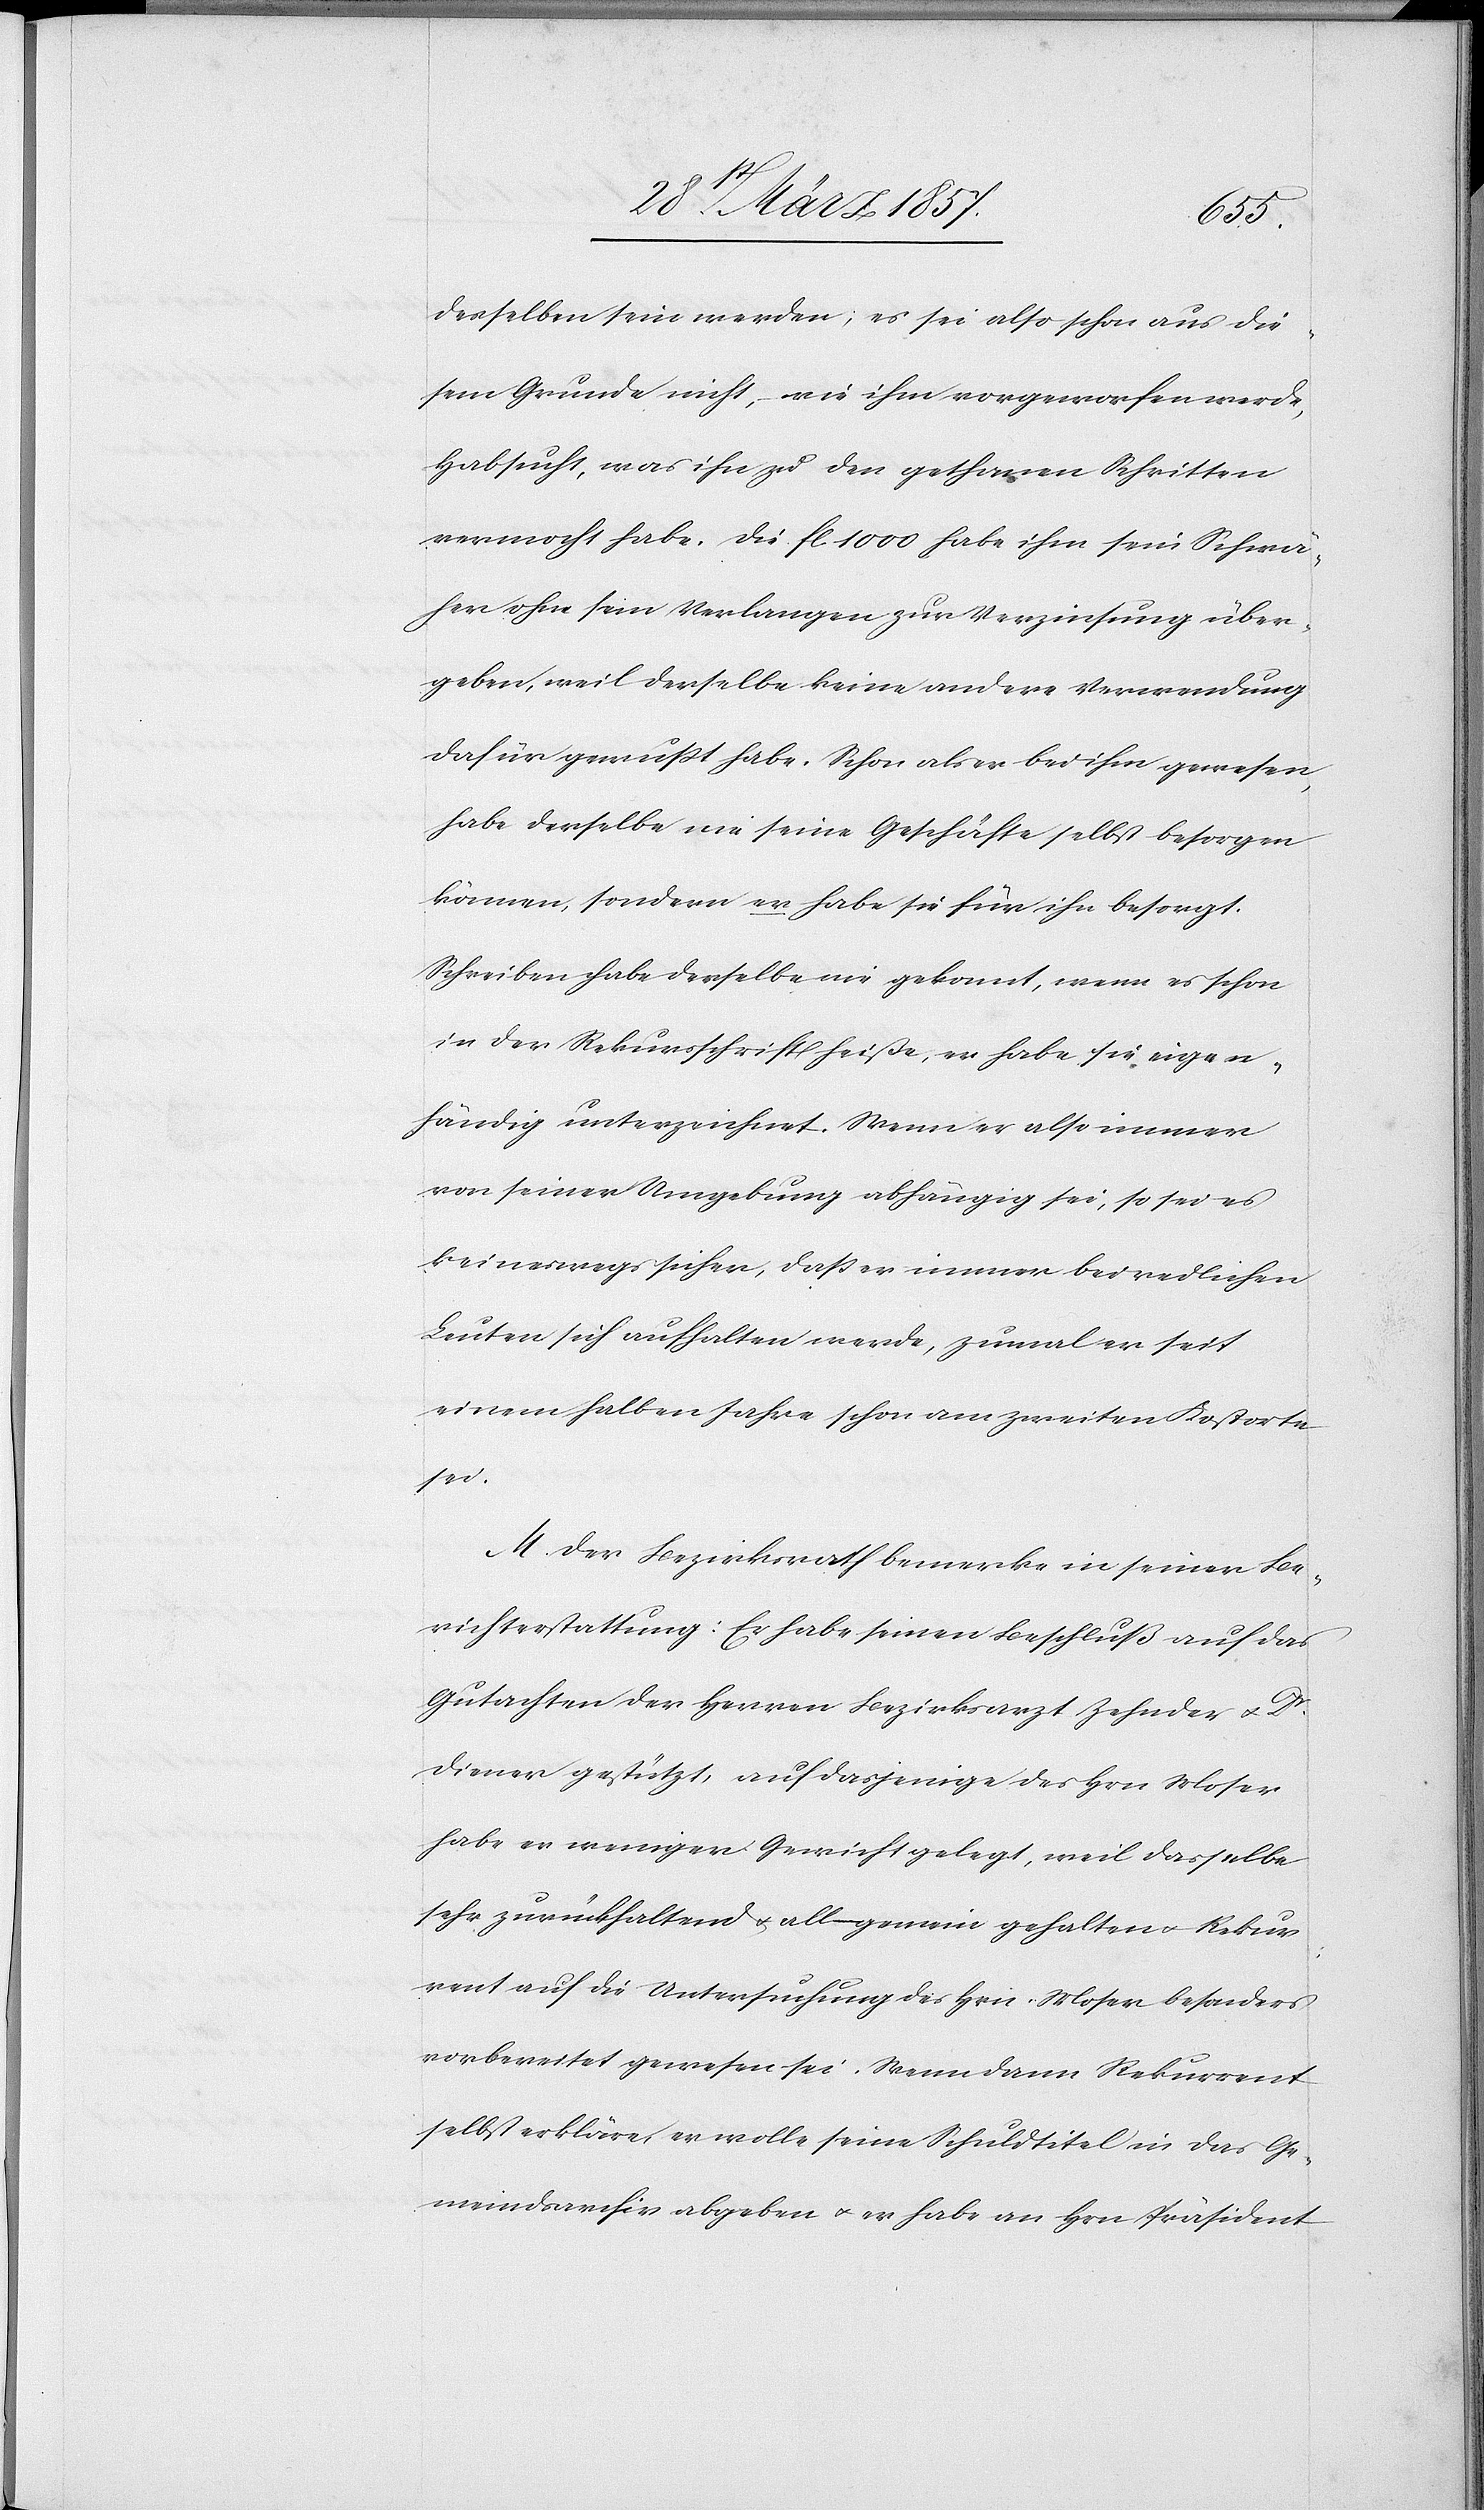
derselben sein werden; es sei also schon aus die¬
sem Grunde nicht, weil ihm vorgeworfen werde,
Habsucht, was ihn zu den gethanen Schritten
vermocht habe. Die fl. 1000 habe ihm sein Schwä¬
her ohne sein Verlangen zur Verzinsung über¬
geben, weil derselbe keine andere Verwendung
dafür gewußt habe. Schon als er bei ihm gewesen,
habe derselbe nie seine Geschäfte selbst besorgen
können, sondern er habe sie für ihn besorgt.
Schreiben habe derselbe nie gekonnt, wenn es schon
in der Rekursschrift heiße, er habe sie eigen¬
händig unterzeichnet. Wenn er also immer
von seiner Umgebung abhängig sei, so sei es
keineswegs sicher, daß er immer bei redlichen
Leuten sich aufhalten werde, zumal er seit
einem halben Jahre schon am zweiten Kostorte
sei.
M. Der Bezirksrath bemerke in seiner Be¬
richterstattung: Er habe seinen Beschluß auf das
Gutachten der Herren Bezirksarzt Zehnder u. Dr
Diener gestützt, auf dasjenige des Hrn Moser
habe er weniger Gewicht gelegt, weil dasselbe
sehr zurückhaltend u. allgemein gehalten u. Rekur¬
rent auf die Untersuchung des Hrn. Moser besonders
vorbereitet gewesen sei. Wenn dann Rekurrent
selbst erkläre, er wolle seine Schuldtitel in das Ge¬
meindsarchiv abgeben u. er habe an Hrn Präsident